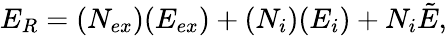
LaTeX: {E_{R}}=(N_{ex})(E_{ex})+(N_{i})(E_{i})+N_{i}\tilde{E},